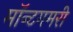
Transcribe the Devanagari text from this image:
मॉन्टगमरी